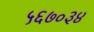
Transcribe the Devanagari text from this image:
५६७०३४